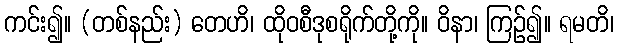
ကင်း၍။ (တစ်နည်း) တေဟိ၊ ထိုဝစီဒုစရိုက်တို့ကို။ ဝိနာ၊ ကြဉ်၍။ ရမတိ၊